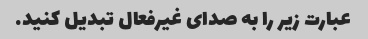
عبارت زیر را به صدای غیرفعال تبدیل کنید.